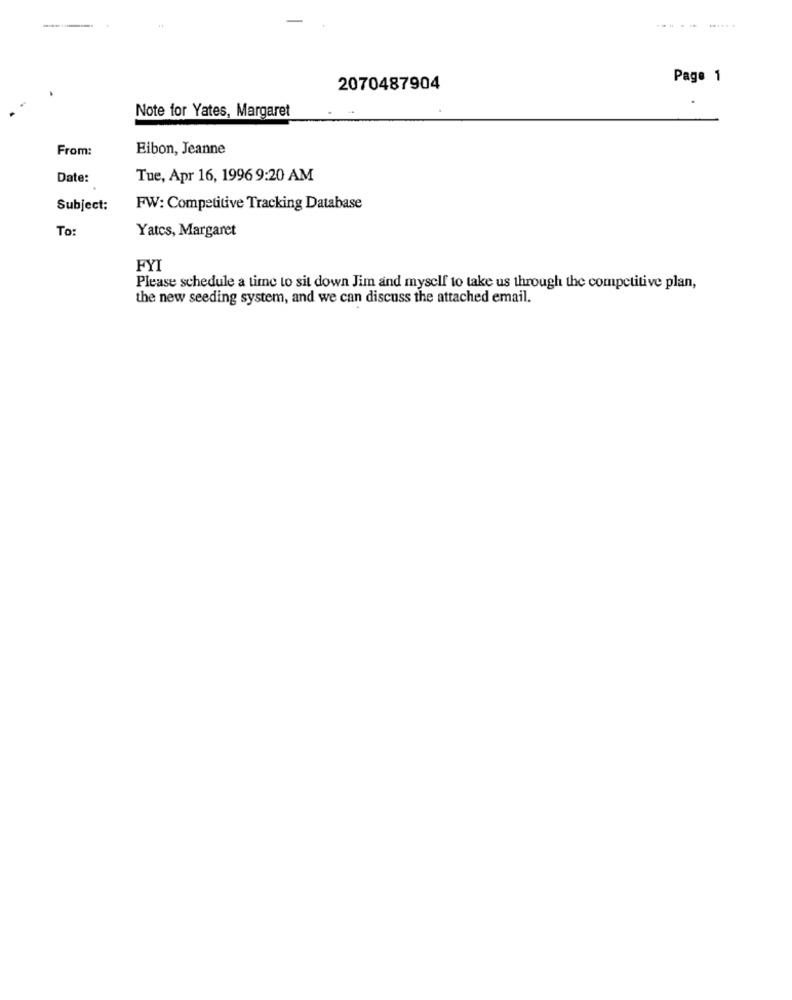
-------
Page 1
2070487904
Note for Yates, Margaret
From:
Eibon, Jeanne
Date:
Tue, Apr 16, 1996 9:20 AM
Subject:
FW: Competitive Tracking Database
To:
Yatcs, Margaret
FYI
Please schedule a time to sit down Jim and myself to take us through the competitive plan,
the new seeding system, and we can discuss the attached email.